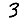
Digit: 3